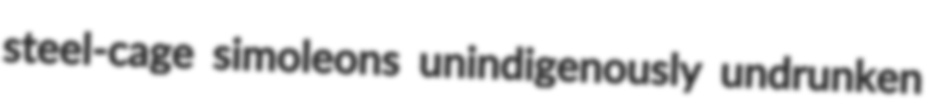
steel-cage simoleons unindigenously undrunken